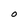
Character: O